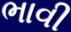
ભાવી